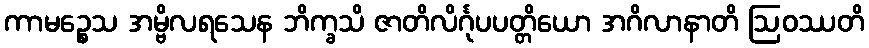
ကာမဉ္စေသ အမ္ဗိလရသေန ဘိက္ခသိ ဇာတိလိင်္ဂုပပတ္တိယော အဂိလာနာတိ ဩဝဿတိ